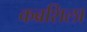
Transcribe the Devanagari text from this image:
कब्रशिला